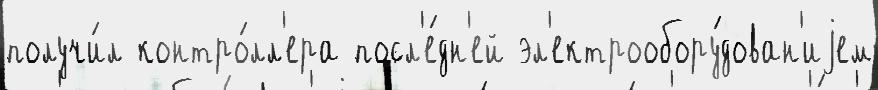
получи́л контро́лл'ера посл'е́дн'ей эл'ектрообору́дован'иjем